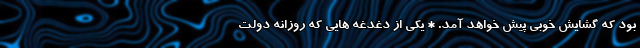
بود که گشایش خوبی پیش خواهد آمد. * یکی از دغدغه هایی که روزانه دولت